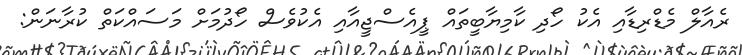
ރެއާލް މެޑްރިޑާއި އެކު ހޯދި ކާމިޔާބީތައް ޕީއެސްޖީއާއި އެކުވެސް ހޯދުމަށް މަސައްކަތް ކުރާނަން: